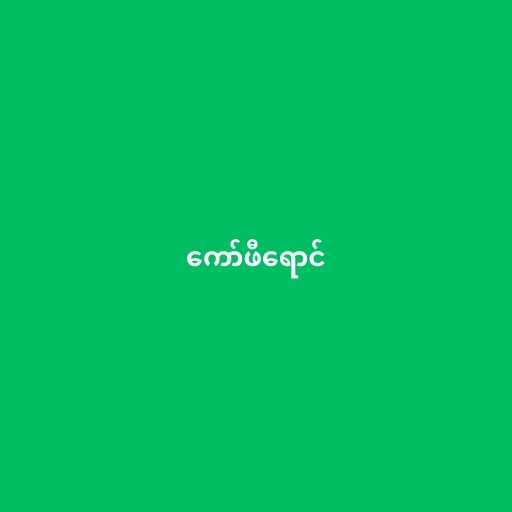
ကော်ဖီရောင်